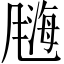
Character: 𫗀